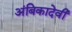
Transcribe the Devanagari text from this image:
अंबिकादेवी